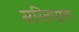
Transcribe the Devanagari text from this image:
सस्तिपाल